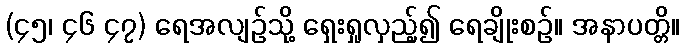
(၄၅၊ ၄၆ ၄၇) ရေအလျဉ်သို့ ရှေးရှုလှည့်၍ ရေချိုးစဉ်။ အနာပတ္တိ။